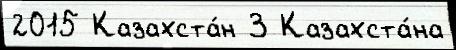
2015 Казахста́н 3 Казахста́на